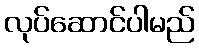
လုပ်ဆောင်ပါမည်